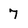
Character: 7